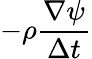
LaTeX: -\rho\frac{\nabla\psi}{\Delta t}